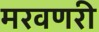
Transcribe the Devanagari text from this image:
मरवणरी